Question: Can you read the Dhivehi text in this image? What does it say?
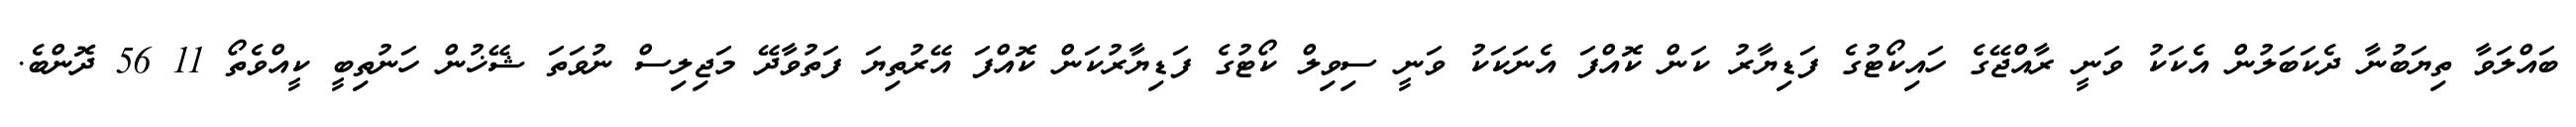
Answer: ބައްލަވާ ތިޔަބުނާ ދެކަބަލުން އެކަކު ވަނީ ރާއްޖޭގެ ހައިކޯޓުގެ ފަޑިޔާރު ކަން ކޮއްފަ އެނަކަކު ވަނީ ސިވިލް ކޯޓުގެ ފަޑިޔާރުކަން ކޮއްފަ އޭރުތިޔަ ފަތުވާދޭ މަޖިލިސް ނުވަތަ ޝޭޚުން ހަނުތިބީ ކީއްވެތޯ 11 56 ދޮންބެ.